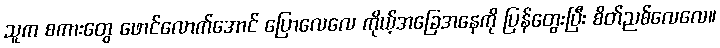
သူက စကားတွေ ဖောင်လောက်အောင် ပြောလေလေ ကိုယ့်အခြေအနေကို ပြန်တွေးပြီး စိတ်ညစ်လေလေ။